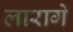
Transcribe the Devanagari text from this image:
लारागे